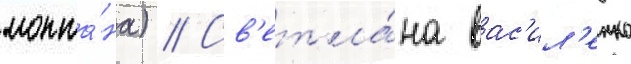
монта́на) // Св'етла́на вас'ил'енко